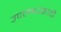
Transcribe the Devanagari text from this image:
उपलब्धेसाठी